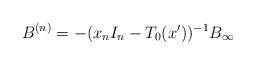
LaTeX: \begin{align*} B^{(n)}=-(x_nI_n-T_0(x'))^{-1}B_{\infty} \end{align*}